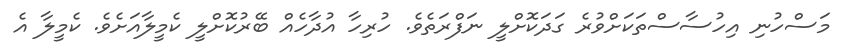
މަސްހުނި އިހުސާސްތަކަށްވުރެ ގަދަކޮށްލީ ނަފްރަތެވެ. ހުރިހާ އުދާހެއް ބޭރުކޮށްލީ ކެމީލާއަށެވެ. ކެމީލާ އެ